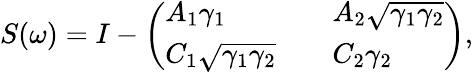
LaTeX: S(\omega)=I-\left(\begin{array}{lll}{A_{1}\gamma_{1}}&{}&{A_{2}\sqrt{\gamma_{1}\gamma_{2}}}\\ {C_{1}\sqrt{\gamma_{1}\gamma_{2}}}&{}&{C_{2}\gamma_{2}}\end{array}\right),